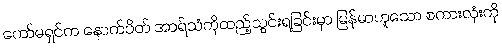
ကော်မရှင်က နောက်ပိတ် အာရ်သံကိုထည့်သွင်းရခြင်းမှာ မြန်မာဟူသော စကားလုံးကို